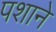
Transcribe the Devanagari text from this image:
पशाने